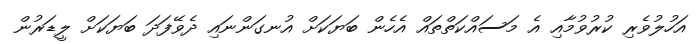
އަހުލުވެރި ކުރުވުމާއި އެ މަސައްކަތްތައް އެހެން ބަޔަކަށް އުނގަންނައި ދެވޭފަދަ ބަޔަކަށް ލީޑަރުން